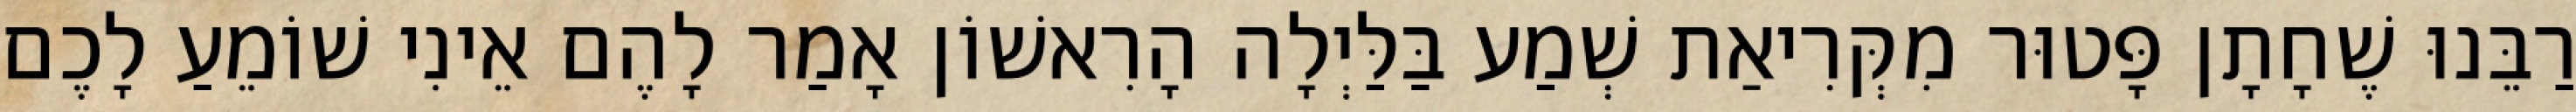
רַבֵּנוּ שֶׁחָתָן פָּטוּר מִקְּרִיאַת שְׁמַע בַּלַּיְלָה הָרִאשׁוֹן אָמַר לָהֶם אֵינִי שׁוֹמֵעַ לָכֶם